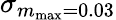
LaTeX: \sigma_{m_{\mathrm{max}}=0.03}